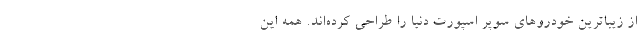
از زیباترین خودروهای سوپر اسپورت دنیا را طراحی کرده‌اند. همه این